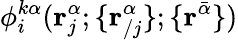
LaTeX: \phi_{i}^{k\alpha}(\mathbf{r}_{j}^{\alpha};\{ \mathbf{r}_{/j}^{\alpha}\} ;\{ \mathbf{r}^{\bar{\alpha}}\} )